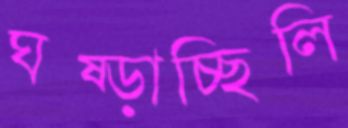
ঘষ্‌ড়াচ্ছিলি